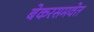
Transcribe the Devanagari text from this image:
बेकरसमवेत